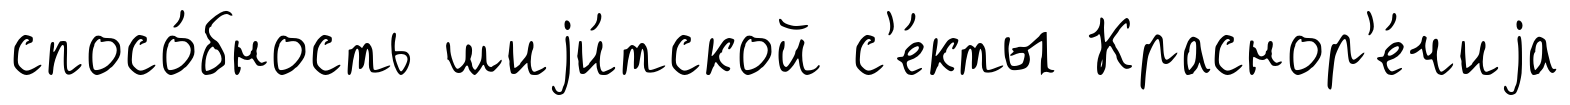
спосо́бность шиjи́тской с'е́кты Краснор'е́чиjа